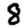
Digit: 8